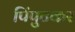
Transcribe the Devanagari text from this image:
पिंपुटकर